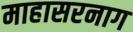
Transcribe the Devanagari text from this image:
माहासरनाग